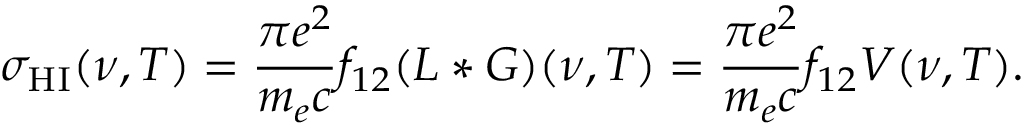
\sigma _ { \mathrm { H I } } ( \nu , T ) = \frac { \pi e ^ { 2 } } { m _ { e } c } f _ { 1 2 } ( L * G ) ( \nu , T ) = \frac { \pi e ^ { 2 } } { m _ { e } c } f _ { 1 2 } V ( \nu , T ) .